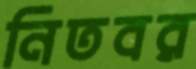
নিতবর